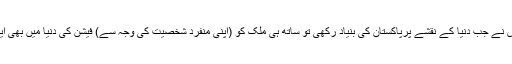
وہ شخص کہ جس نے جب دنیا کے نقشے پرپاکستان کی بنیاد رکھی تو ساتھ ہی ملک کو (اپنی منفرد شخصیت کی وجہ سے) فیشن کی دنیا میں بھی ایک مقام دے ڈالا۔